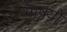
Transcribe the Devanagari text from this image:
भाषयों